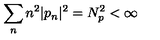
\sum _ { n } n ^ { 2 } | p _ { n } | ^ { 2 } = N _ { p } ^ { 2 } < \infty